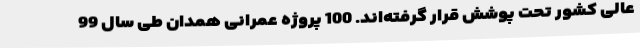
عالی کشور تحت پوشش قرار گرفته‌اند. 100 پروژه عمرانی همدان طی سال 99